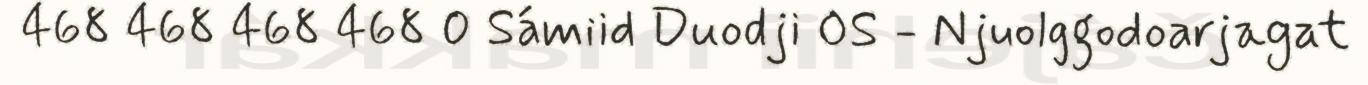
468 468 468 468 0 Sámiid Duodji OS - Njuolggodoarjagat